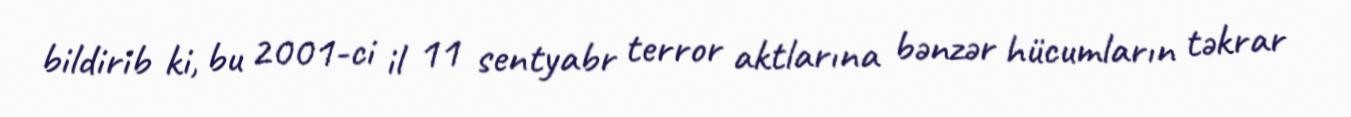
bildirib ki, bu 2001-ci il 11 sentyabr terror aktlarına bənzər hücumların təkrar